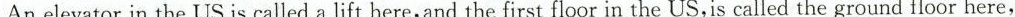
An elevator in the US is called a lift here,and the first floor in the US,is called the ground floor here,